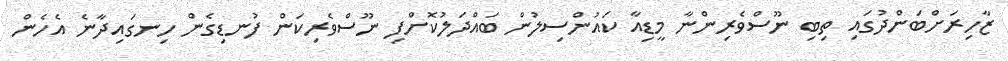
ޒާހިރަށްބަންދުގައި ތިބި ނޫސްވެރިންނާ މީޑިއާ ކައުންސިލުން ބައްދަލުކޮށްފި ނޫސްވެރިކަން ފުނޑިގެން ހިނގައިދާނެ އެހެން